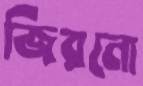
জিরনো